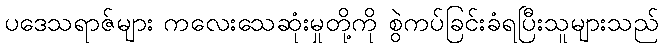
ပဒေသရာဇ်များ ကလေးသေဆုံးမှုတို့ကို စွဲကပ်ခြင်းခံရပြီးသူများသည်